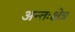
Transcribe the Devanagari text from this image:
अन्तःक्षेत्र